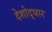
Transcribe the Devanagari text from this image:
देशोद्धार